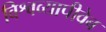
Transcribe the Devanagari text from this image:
विश्वव्यापीवेब